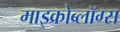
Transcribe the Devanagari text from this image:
माइक्रोब्लॉग्स